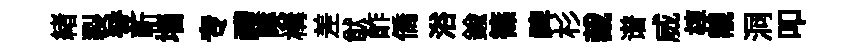
緖裂登斬墙专禮陝構差猷酢僑浴鍮篠禆杉裁谱威椁覯洞叩